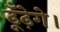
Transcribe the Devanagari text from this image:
ढूँढ़ेगे।